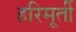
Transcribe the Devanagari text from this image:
हरिमूर्ती